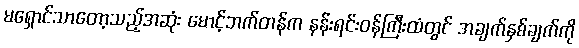
မရှောင်သာတော့သည့်အဆုံး မောင့်ဘက်တန်က နန်းရင်းဝန်ကြီးထံတွင် အချက်နှစ်ချက်ကို